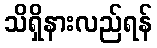
သိရှိနားလည်ရန်